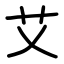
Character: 艾